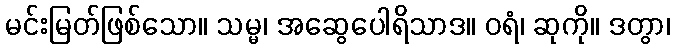
မင်းမြတ်ဖြစ်သော။ သမ္မ၊ အဆွေပေါရိသာဒ။ ဝရံ၊ ဆုကို။ ဒတွာ၊